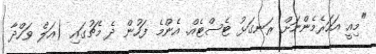
"މިއީ އަހަރެމެންނަށް ރަނގަޅު ޓެސްޓެއް. އެންމެ ފަހުން ދެ މެޗުގައި (އަލް ވަހްދާ